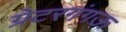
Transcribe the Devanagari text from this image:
ग्रेटरगंगऊ